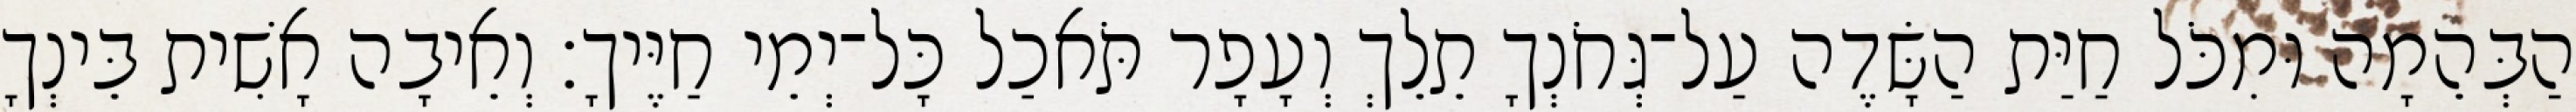
הַבְּהֵמָה וּמִכֹּל חַיַּת הַשָּׂדֶה עַל־גְּחֹנְךָ תֵלֵךְ וְעָפָר תֹּאכַל כָּל־יְמֵי חַיֶּיךָ׃ וְאֵיבָה אָשִׁית בֵּינְךָ